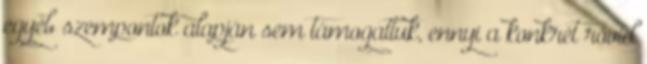
egyéb szempontok alapján sem támogattuk, ennyi a konkrét rövid